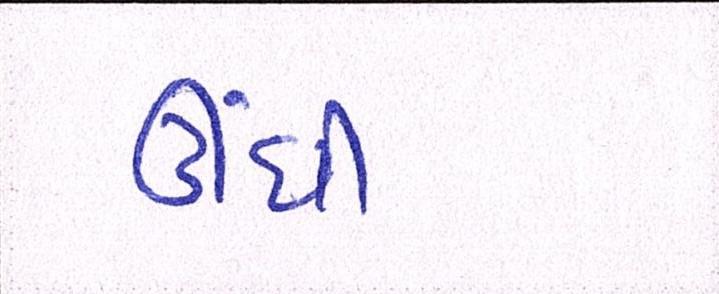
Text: ઊંધી